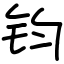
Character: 钧